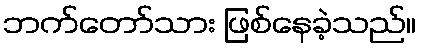
ဘက်တော်သား ဖြစ်နေခဲ့သည်။